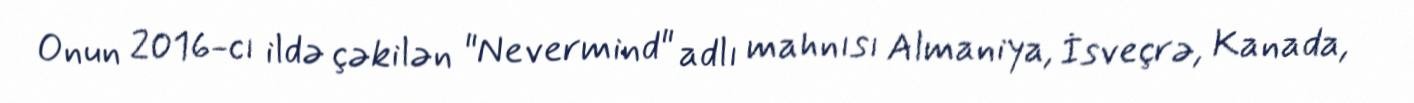
Onun 2016-cı ildə çəkilən "Nevermind" adlı mahnısı Almaniya, İsveçrə, Kanada,